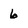
Character: 6